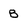
Character: B